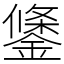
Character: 鎥